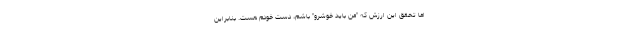
اما تحقق این ارزش که "من باید خوشرو" باشم، دست خودم هست. بنابراین